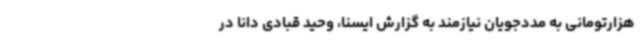
هزارتومانی به مددجویان نیازمند به گزارش ایسنا، وحید قبادی دانا در